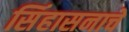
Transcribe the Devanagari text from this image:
सिंहासनाचे